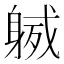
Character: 𨉙